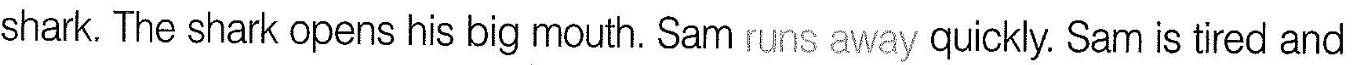
shark. The shark opens his big mouth. Sam runs away quickly. Sam is tred and